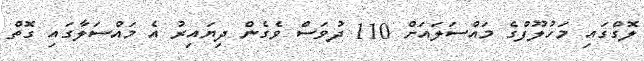
ލޮގްގައި މަހުލޫފްގެ މައްސަލައަށް 110 ދުވަސް ވެގެން ދިޔައިރު އެ މައްސަލާގައި ގޮތް